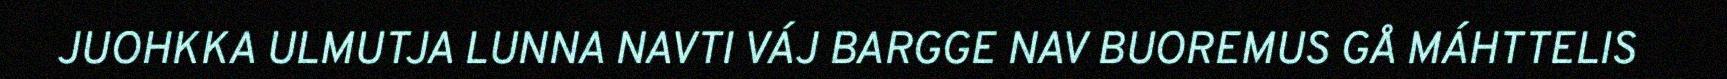
JUOHKKA ULMUTJA LUNNA NAVTI VÁJ BARGGE NAV BUOREMUS GÅ MÁHTTELIS